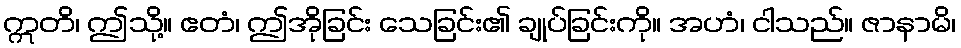
ဣတိ၊ ဤသို့။ ဧတံ၊ ဤအိုခြင်း သေခြင်း၏ ချုပ်ခြင်းကို။ အဟံ၊ ငါသည်။ ဇာနာမိ၊